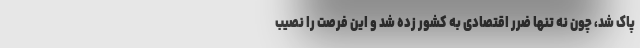
پاک شد، چون نه تنها ضرر اقتصادی به کشور زده شد و این فرصت را نصیب